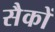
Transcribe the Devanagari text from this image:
सैकों